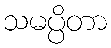
သမပ္ပိတာ